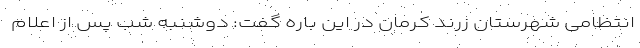
انتظامی شهرستان زرند کرمان در این باره گفت: دوشنبه شب پس از اعلام